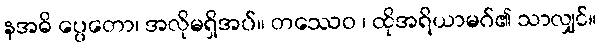
နအဓိ ပ္ပေတော၊ အလိုမရှိအပ်။ တဿေဝ ၊ ထိုအရိယာမဂ်၏ သာလျှင်။